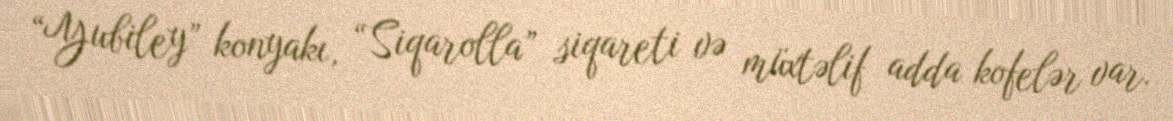
“Yubiley” konyakı, “Siqarolla” siqareti və müxtəlif adda kofelər var.